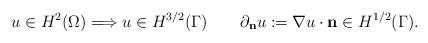
LaTeX: \begin{align*}u\in H^2(\Omega) \Longrightarrow u\in H^{3/2}(\Gamma) \quad\quad\partial_{\bf{n}} u := \nabla u\cdot {\bf{n}} \in H^{1/2}(\Gamma).\end{align*}